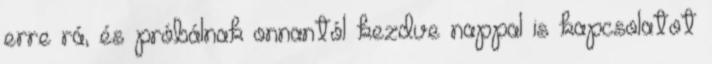
erre rá, és próbálnak onnantól kezdve nappal is kapcsolatot